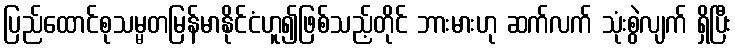
ပြည်ထောင်စုသမ္မတမြန်မာနိုင်ငံဟူ၍ဖြစ်သည့်တိုင် ဘားမားဟု ဆက်လက် သုံးစွဲလျက် ရှိပြီး